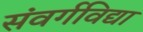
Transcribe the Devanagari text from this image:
संवर्गविद्या